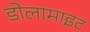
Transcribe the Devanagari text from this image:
डोलामाइट